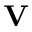
\textbf { V }